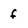
Character: f